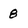
Character: 8